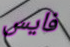
فايس